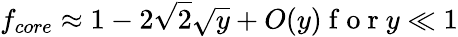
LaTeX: f_{core}\approx 1-2\sqrt{2}\sqrt{y}+O(y)\mathrm{~f~o~r~}y\ll 1